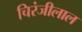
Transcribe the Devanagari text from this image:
चिरंजीलाल